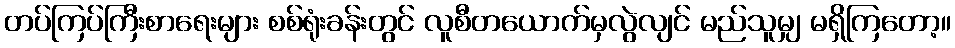
တပ်ကြပ်ကြီးစာရေးများ စစ်ရုံးခန်းတွင် လူစီတယောက်မှလွဲလျင် မည်သူမျှ မရှိကြတော့။